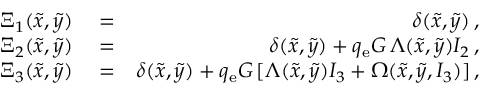
\begin{array} { r l r } { \Xi _ { 1 } ( \tilde { x } , \tilde { y } ) } & { { } = } & { \delta ( \tilde { x } , \tilde { y } ) \, , } \\ { \Xi _ { 2 } ( \tilde { x } , \tilde { y } ) } & { { } = } & { \delta ( \tilde { x } , \tilde { y } ) + q _ { \mathrm { e } } G \, \Lambda ( \tilde { x } , \tilde { y } ) I _ { 2 } \, , } \\ { \Xi _ { 3 } ( \tilde { x } , \tilde { y } ) } & { { } = } & { \delta ( \tilde { x } , \tilde { y } ) + q _ { \mathrm { e } } G \, [ \Lambda ( \tilde { x } , \tilde { y } ) I _ { 3 } + \Omega ( \tilde { x } , \tilde { y } , I _ { 3 } ) ] \, , } \end{array}